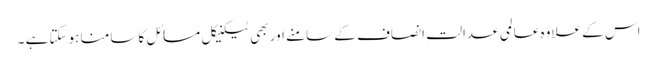
اس کے علاوہ عالمی عدالتِ انصاف کے سامنے اور بھی ٹیکنیکل مسائل کا سامنا ہوسکتا ہے ۔